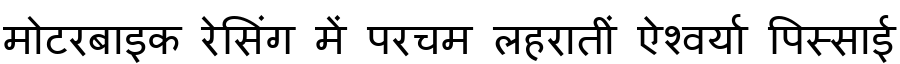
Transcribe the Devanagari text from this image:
मोटरबाइक रेसिंग में परचम लहरातीं ऐश्वर्या पिस्साई